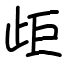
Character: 歫